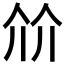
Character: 𰁽